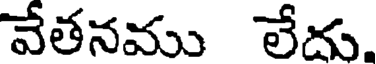
వేతనము లేదు.